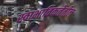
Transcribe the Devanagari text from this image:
स्वाभाविकतेतील